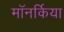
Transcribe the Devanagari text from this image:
मॉनर्किया